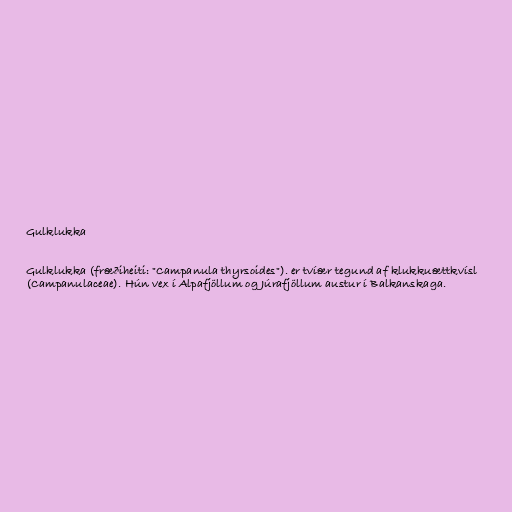
Gulklukka

Gulklukka (fræðiheiti: "Campanula thyrsoides"). er tvíær tegund af klukkuættkvísl
(Campanulaceae). Hún vex í Alpafjöllum og Júrafjöllum austur í Balkanskaga.